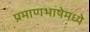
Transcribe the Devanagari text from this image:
प्रमाणभाषेमध्ये